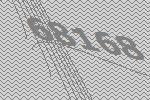
68168